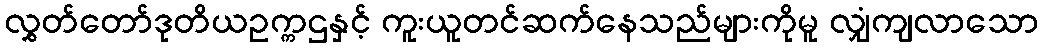
လွှတ်တော်ဒုတိယဥက္ကဌနှင့် ကူးယူတင်ဆက်နေသည်များကိုမူ လျှံကျလာသော